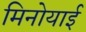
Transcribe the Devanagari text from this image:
मिनोयाई